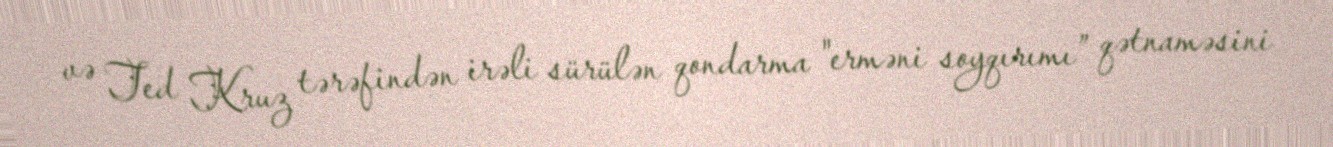
və Ted Kruz tərəfindən irəli sürülən qondarma "erməni soyqırımı” qətnaməsini